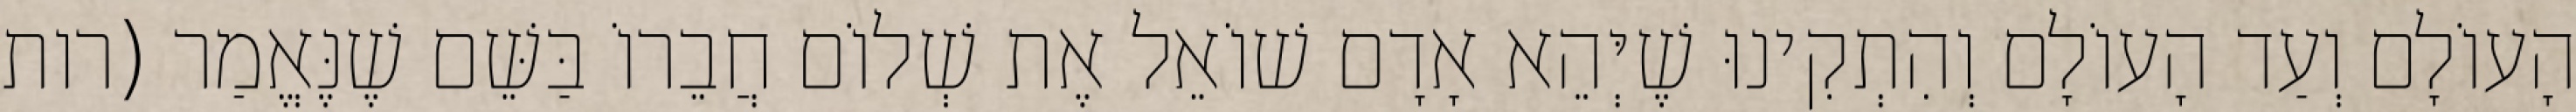
הָעוֹלָם וְעַד הָעוֹלָם וְהִתְקִינוּ שֶׁיְּהֵא אָדָם שׁוֹאֵל אֶת שְׁלוֹם חֲבֵרוֹ בַּשֵּׁם שֶׁנֶּאֱמַר (רות